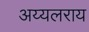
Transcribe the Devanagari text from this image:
अय्यलराय